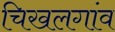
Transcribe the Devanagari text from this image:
चिखलगांव